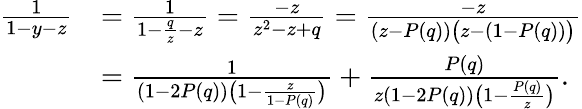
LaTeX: \begin{array}{rl}{\frac{1}{1-y-z}}&{=\frac{1}{1-\frac{q}{z}-z}=\frac{-z}{z^{2}-z+q}=\frac{-z}{(z-P(q))\big(z-(1-P(q))\big)}}\\ &{=\frac{1}{(1-2P(q))\big(1-\frac{z}{1-P(q)}\big)}+\frac{P(q)}{z(1-2P(q))\big(1-\frac{P(q)}{z}\big)}.}\end{array}